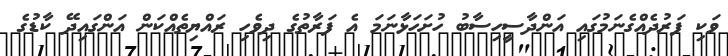
ވަކި ފަރުދެއްގެނަމުގައި އަންދާސީހިސާބު ހުށަހަޅާނަމަ އެ ފަރާތުގެ ދިވެހި ރައްޔިތެއްކަން އަންގައިދޭ ކާޑުގެ